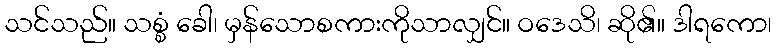
သင်သည်။ သစ္စံ ခေါ၊ မှန်သောစကားကိုသာလျှင်။ ဝဒေသိ၊ ဆို၏။ ဒါရကော၊